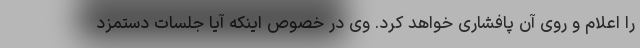
را اعلام و روی آن پافشاری خواهد کرد. وی در خصوص اینکه آیا جلسات دستمزد